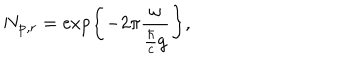
N _ { { \bf p } , r } = \exp \left\{ - 2 \pi \frac { \omega } { \frac { \hbar } { c } g } \right\} ,